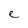
Character: e